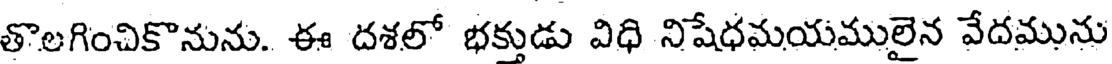
తొలగించికొనును. ఈ దశలో భక్తుడు విధి నిషేధమయములైన వేదమును